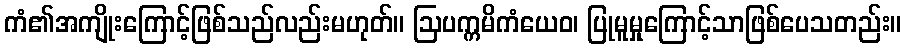
ကံ၏အကျိုးကြောင့်ဖြစ်သည်လည်းမဟုတ်။ ဩပက္ကမိကံယေဝ၊ ပြုမူမှုကြောင့်သာဖြစ်ပေသတည်း။